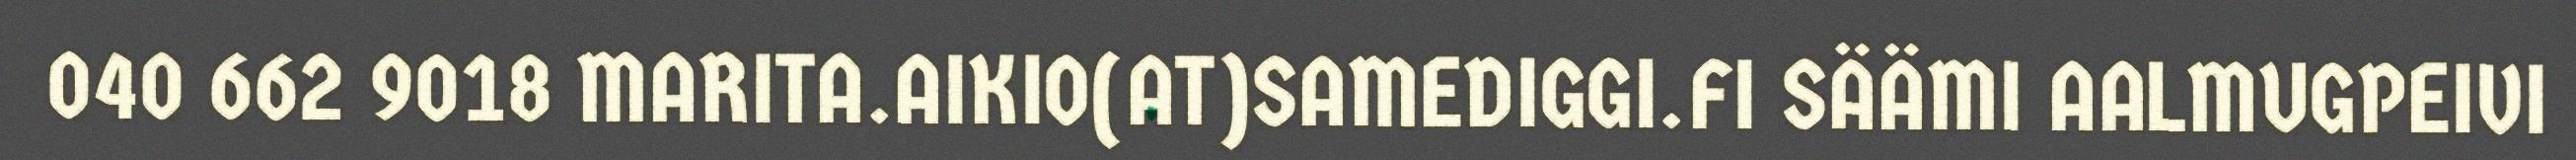
040 662 9018 MARITA.AIKIO(AT)SAMEDIGGI.FI SÄÄMI AALMUGPEIVI